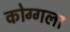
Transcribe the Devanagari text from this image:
कोग्गला